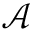
\mathcal { A }